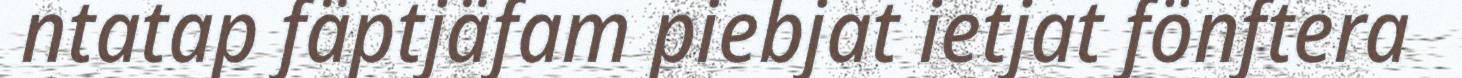
ntatap fäptjäfam piebjat ietjat fönftera